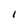
Character: I